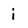
Character: i